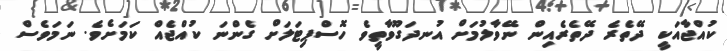
ކުއްޖާއަކީ ދޭތެރެ ދޭތެރެއިން ނޭވާލުމަށް އުނދަގޫވާތީވެ ހޮސްޕިޓަލަށް ގެންނަ ކުއްޖެއް ކަމަށެވެ. ނަމަވެސް